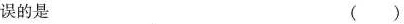
的是 ()